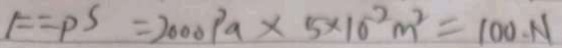
F = P S = 2 0 0 0 P a \times 5 \times 1 0 ^ { 2 } m ^ { 2 } = 1 0 0 . N